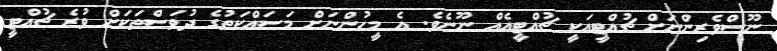
ނޫސްވެރިންނަށް ޗުއްޓީއަކީ ޗުއްޓީއެއް ނޫނެވެ. އެ މީހުންނަށް މަސައްކަތުގެ ދުވަސްތަކަށް ވުރެ ޗުއްޓީ